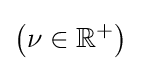
\left(\nu \in \mathbb {R} ^{+}\right)